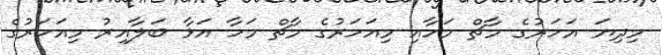
މިދިޔަ އަހަރުގެ މާޗް މަހާއި މިއަހަރުގެ މާޗް މަހާ އަޅާ ބަލާއިރު މިއަހަރުގެ